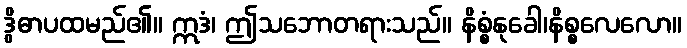
ဒွိဓာပထမည်၏။ ဣဒံ၊ ဤသဘောတရားသည်။ နိစ္စံနုခေါ၊နိစ္စလေလော။